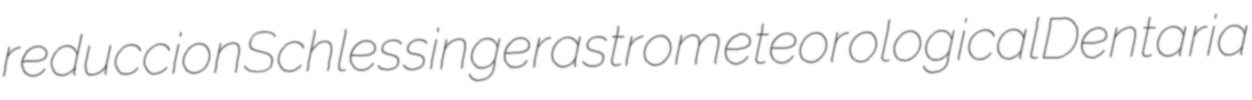
reduccion Schlessinger astrometeorological Dentaria